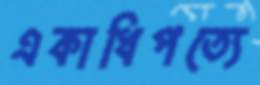
একাধিপত্যে